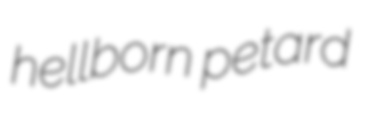
hellborn petard